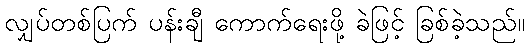
လျှပ်တစ်ပြက် ပန်းချီ ကောက်ရေးဖို့ ခဲဖြင့် ခြစ်ခဲ့သည်။